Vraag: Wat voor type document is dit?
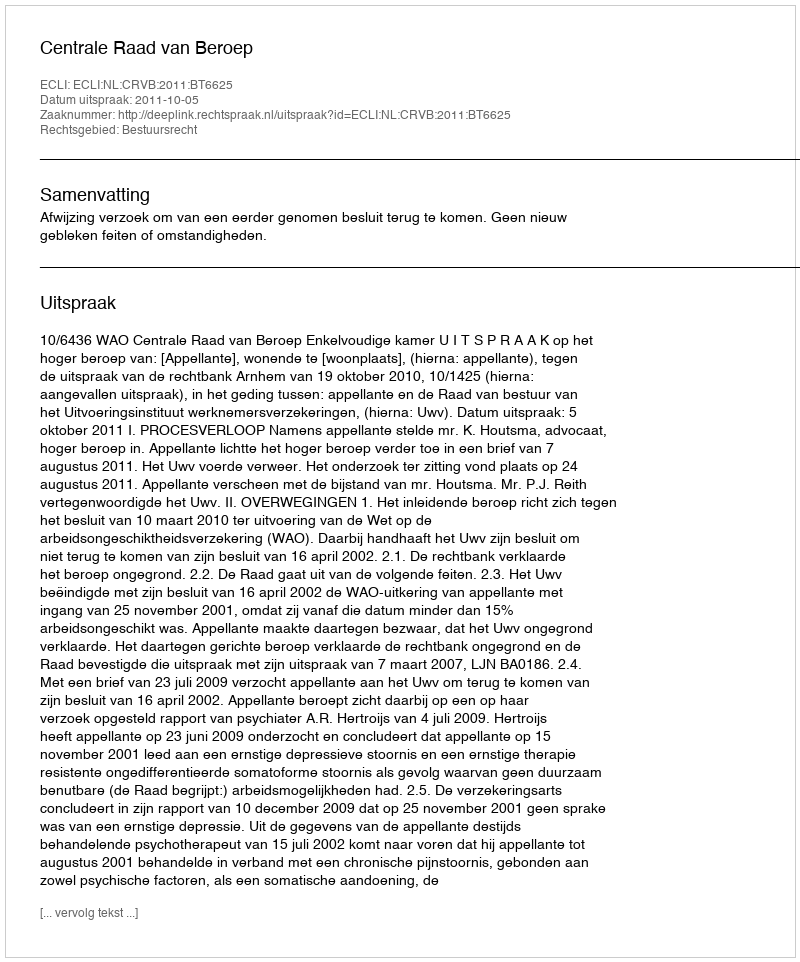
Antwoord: Uitspraak